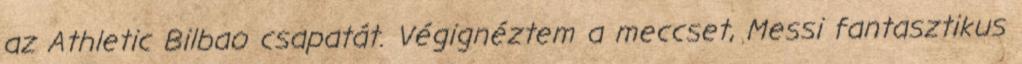
az Athletic Bilbao csapatát. Végignéztem a meccset, Messi fantasztikus